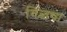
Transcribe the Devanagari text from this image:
गिब्जचा